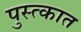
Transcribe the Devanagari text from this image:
पुस्त्कात